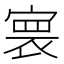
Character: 𡩲